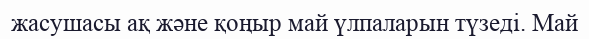
жасушасы ақ және қоңыр май үлпаларын түзеді. Май